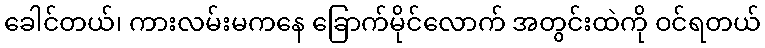
ခေါင်တယ်၊ ကားလမ်းမကနေ ခြောက်မိုင်လောက် အတွင်းထဲကို ဝင်ရတယ်